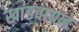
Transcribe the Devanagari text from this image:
खांडवायन